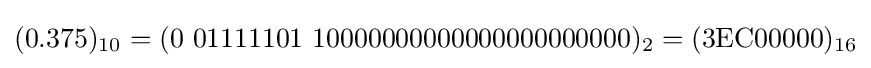
(0.375)_{10}=(0\ 01111101\ 10000000000000000000000)_{2}=({\text{3EC00000}})_{16}